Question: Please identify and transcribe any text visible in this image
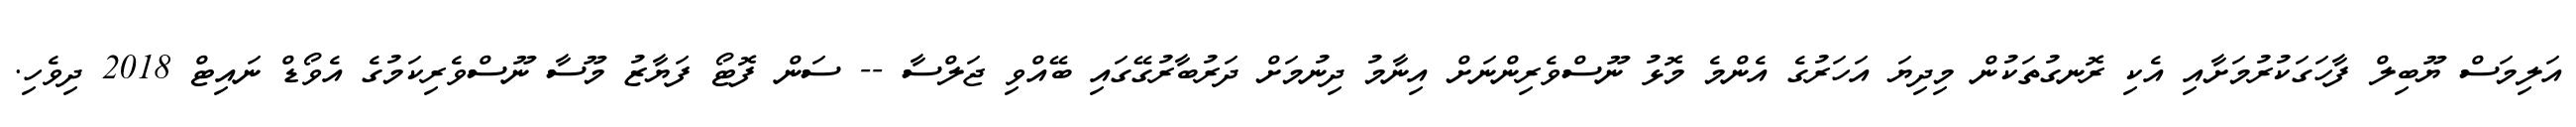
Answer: އަލިމަސް ޔޫބިލް ފާހަގަކުރުމަށާއި އެކި ރޮނގުތަކުން މިދިޔަ އަހަރުގެ އެންމެ މޮޅު ނޫސްވެރިންނަށް އިނާމު ދިނުމަށް ދަރުބާރުގޭގައި ބޭއްވި ޖަލްސާ -- ސަން ފޮޓޯ ފަޔާޒު މޫސާ ނޫސްވެރިކަމުގެ އެވޯޑް ނައިޓް 2018 ދިވެހި.